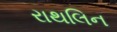
રાથલિન